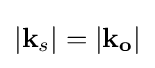
|\mathbf {k} _{s}|=|\mathbf {k_{o}} |